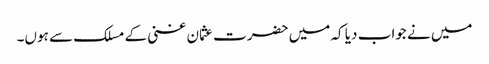
میں نے جواب دیا کہ میں حضرت عثمان غنی کے مسلک سے ہوں۔